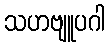
သဟဗျူပဂါ